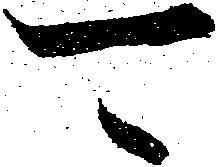
可